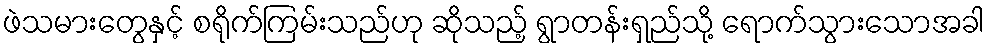
ဖဲသမားတွေနှင့် စရိုက်ကြမ်းသည်ဟု ဆိုသည့် ရွာတန်းရှည်သို့ ရောက်သွားသောအခါ